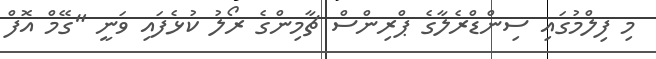
މި ފިލްމުގައި ސިންޑްރެލާގެ ޕްރިންސް ޗާމިންގެ ރޯލު ކުޅެފައި ވަނީ "ގޭމް އޮފް